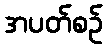
အပတ်စဉ်